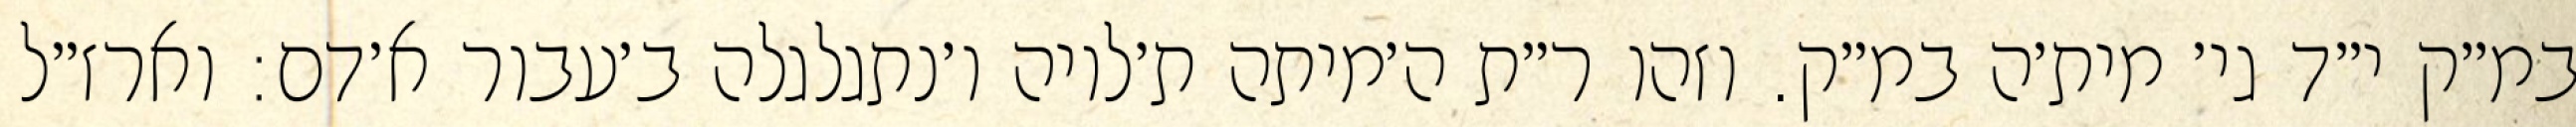
במ״ק י״ד גי׳ מית׳ה במ״ק. וזהו ר״ת ה׳מיתה ת׳לויה ו׳נתגלגלה ב׳עבור א׳דם: וארז״ל